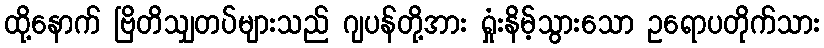
ထို့နောက် ဗြိတိသျှတပ်များသည် ဂျပန်တို့အား ရှုံးနိမ့်သွားသော ဥရောပတိုက်သား